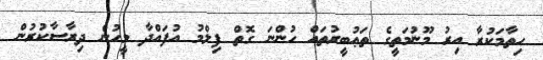
ހިތާމަކުރާ އިރު މޫނުމަތީގެ ތަޢުބީރުތައް ހުންނަ ގޮތް ފިލްމު އުފައްދާ މީހުން ދިރާސާކުރުން